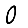
Digit: 0